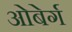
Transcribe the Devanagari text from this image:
ओबेर्ग